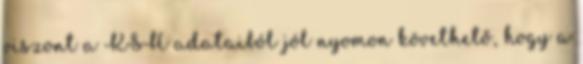
viszont a KSH adataiból jól nyomon követhető, hogy a